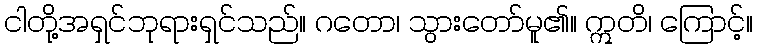
ငါတို့အရှင်ဘုရားရှင်သည်။ ဂတော၊ သွားတော်မူ၏။ ဣတိ၊ ကြောင့်။